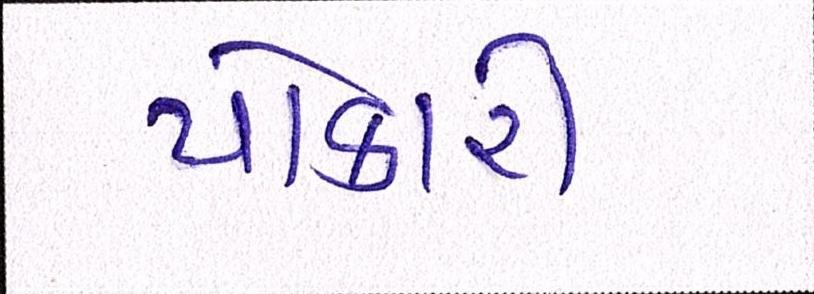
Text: પોકારી